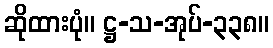
ဆိုထားပုံ။ ဋ္ဌ-သ-အုပ်-၃၃၈။